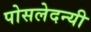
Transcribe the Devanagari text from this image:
पोसलेदन्यी